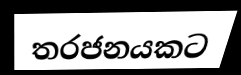
තරජනයකට